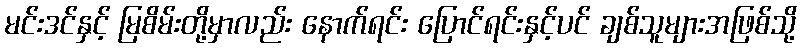
မင်းဒင်နှင့် မြစိမ်းတို့မှာလည်း နောက်ရင်း ပြောင်ရင်းနှင့်ပင် ချစ်သူများအဖြစ်သို့